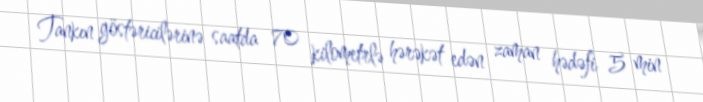
Tankın göstəricilərinə saatda 70 kilometrlə hərəkət edən zaman hədəfi 5 min